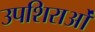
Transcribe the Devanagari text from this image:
उपशिराओं